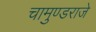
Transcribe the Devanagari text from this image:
चामुण्डराजे